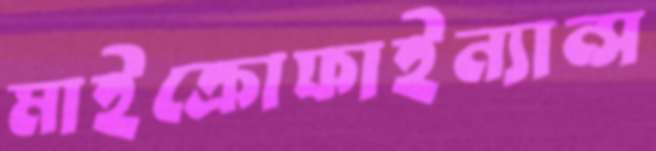
মাইক্রোফাইন্যান্স